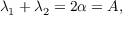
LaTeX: \lambda _ { 1 } + \lambda _ { 2 } = 2 \alpha = A ,